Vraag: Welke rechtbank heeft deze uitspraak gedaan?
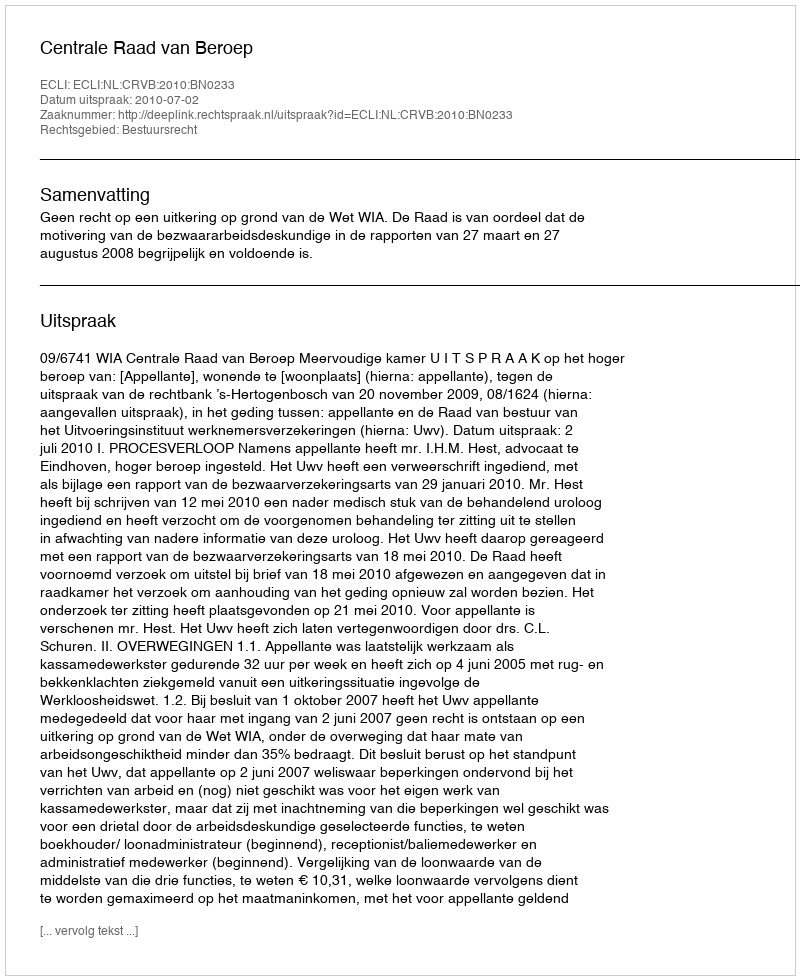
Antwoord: Centrale Raad van Beroep